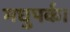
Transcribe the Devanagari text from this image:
मधुपर्क।